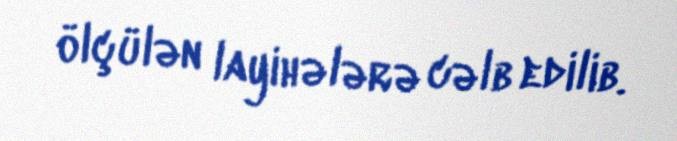
ölçülən layihələrə cəlb edilib.